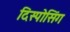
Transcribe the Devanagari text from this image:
दिस्पोसिंग